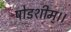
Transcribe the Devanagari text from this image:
षोडशीम्।।